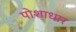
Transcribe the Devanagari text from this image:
पोशाधार